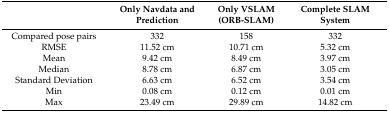
|  | Only Navdata and Prediction | Only VSLAM (ORB-SLAM) | Complete SLAM System |
 | --- | --- | --- | --- |
 | Compared pose pairs | 332 | 158 | 332 |
 | RMSE | 11.52 cm | 10.71 cm | 5.32 cm |
 | Mean | 9.42 cm | 8.49 cm | 3.97 cm |
 | Median | 8.78 cm | 6.87 cm | 3.05 cm |
 | Standard Deviation | 6.63 cm | 6.52 cm | 3.54 cm |
 | Min | 0.08 cm | 0.12 cm | 0.01 cm |
 | Max | 23.49 cm | 29.89 cm | 14.82 cm |